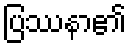
ပြဿနာ၏